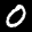
Label: 0